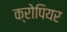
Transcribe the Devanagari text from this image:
क्रोपियर